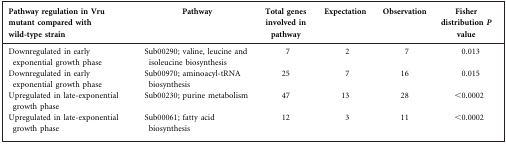
| Pathway regulation in Vru mutant compared with wild-type strain | Pathway | Total genes involved in pathway | Expectation | Observation | Fisher distribution P value |
 | --- | --- | --- | --- | --- | --- |
 | Downregulated in early exponential growth phase | Sub00290; valine, leucine and isoleucine biosynthesis | 7 | 2 | 7 | 0.013 |
 | Downregulated in early exponential growth phase | Sub00970; aminoacyl-tRNA biosynthesis | 25 | 7 | 16 | 0.015 |
 | Upregulated in late-exponential growth phase | Sub00230; purine metabolism | 47 | 13 | 28 | <0.0002 |
 | Upregulated in late-exponential growth phase | Sub00061; fatty acid biosynthesis | 12 | 3 | 11 | <0.0002 |